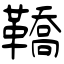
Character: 鞽